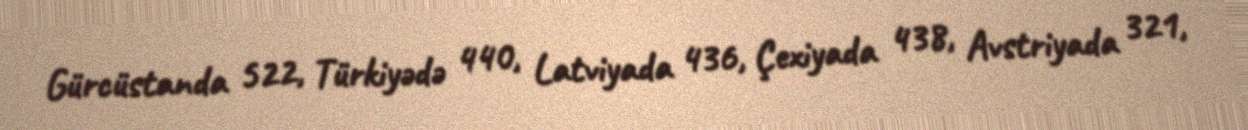
Gürcüstanda 522, Türkiyədə 440, Latviyada 436, Çexiyada 438, Avstriyada 321,